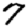
Digit: 7